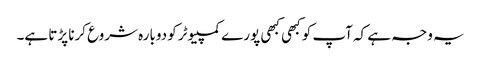
یہ وجہ ہے کہ آپ کو کبھی کبھی پورے کمپیوٹر کو دوبارہ شروع کرنا پڑتا ہے۔